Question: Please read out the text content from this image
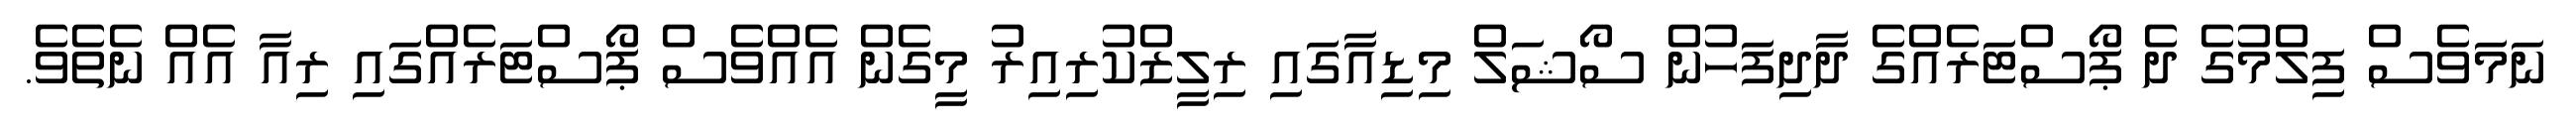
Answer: ނަމަވެސް ފިލްމުގެ ދެ ޕޯސްޓަރެއްގެ ދާދިފަހުން ސޯޝަލް މިޑިއާގައި ރިލީޒްކުރިއިރު މީގެން އެއްވެސް ޕޯސްޓަރެއްގައި ރިއާ އެއް ނެތެވެ.